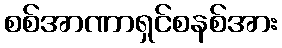
စစ်အာဏာရှင်စနစ်အား